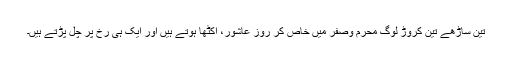
تین ساڑهے تین کروڑ لوگ محرم وصفر میں خاص کر روز عاشور، اکٹها ہوتے ہیں اور ایک ہی رخ پر چل پڑتے ہیں۔